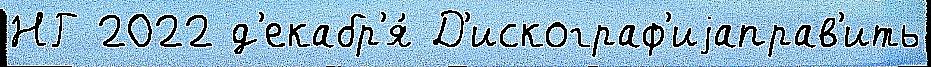
НГ 2022 д'екабр'я́ Д'искограф'иjаправ'ить